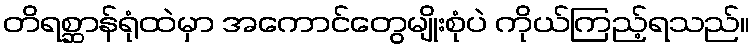
တိရစ္ဆာန်ရုံထဲမှာ အကောင်တွေမျိုးစုံပဲ ကိုယ်ကြည့်ရသည်။